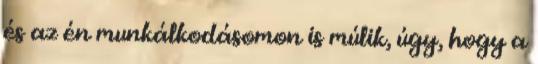
és az én munkálkodásomon is múlik, úgy, hogy a